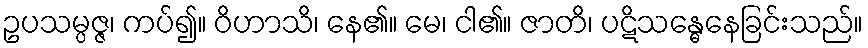
ဥပသမ္ပဇ္ဇ၊ ကပ်၍။ ဝိဟာသိ၊ နေ၏။ မေ၊ ငါ၏။ ဇာတိ၊ ပဋိသန္ဓေနေခြင်းသည်။